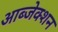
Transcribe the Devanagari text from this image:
आब्जेक्शन